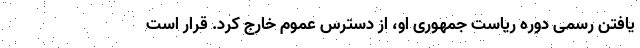
یافتن رسمی دوره ریاست جمهوری او، از دسترس عموم خارج کرد. قرار است